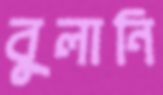
বুলানি